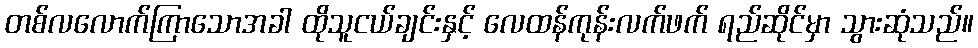
တစ်လလောက်ကြာသောအခါ ထိုသူငယ်ချင်းနှင့် လေထန်ကုန်းလက်ဖက် ရည်ဆိုင်မှာ သွားဆုံသည်။